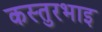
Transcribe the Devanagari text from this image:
कस्तुरभाइ